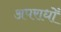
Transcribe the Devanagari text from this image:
अपराधोँ